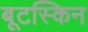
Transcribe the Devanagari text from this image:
बूटस्किन